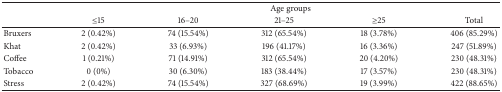
<table><thead><tr><td><b> </b></td><td colspan="5"><b>Age groups</b></td></tr><tr><td><b> </b></td><td><b>≤15</b></td><td><b>16–20</b></td><td><b>21–25</b></td><td><b>≥25</b></td><td><b>Total</b></td></tr></thead><tbody><tr><td>Bruxers</td><td>2 (0.42%)</td><td>74 (15.54%)</td><td>312 (65.54%)</td><td>18 (3.78%)</td><td>406 (85.29%)</td></tr><tr><td>Khat</td><td>2 (0.42%)</td><td>33 (6.93%)</td><td>196 (41.17%)</td><td>16 (3.36%)</td><td>247 (51.89%)</td></tr><tr><td>Coffee</td><td>1 (0.21%)</td><td>71 (14.91%)</td><td>312 (65.54%)</td><td>20 (4.20%)</td><td>230 (48.31%)</td></tr><tr><td>Tobacco</td><td>0 (0%)</td><td>30 (6.30%)</td><td>183 (38.44%)</td><td>17 (3.57%)</td><td>230 (48.31%)</td></tr><tr><td>Stress</td><td>2 (0.42%)</td><td>74 (15.54%)</td><td>327 (68.69%)</td><td>19 (3.99%)</td><td>422 (88.65%)</td></tr></tbody></table>